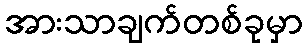
အားသာချက်တစ်ခုမှာ